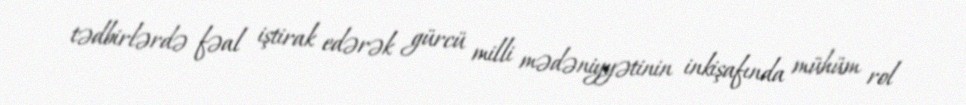
tədbirlərdə fəal iştirak edərək gürcü milli mədəniyyətinin inkişafında mühüm rol